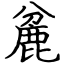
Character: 麄